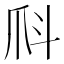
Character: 𤓺